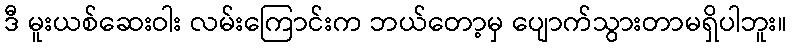
ဒီ မူးယစ်ဆေးဝါး လမ်းကြောင်းက ဘယ်တော့မှ ပျောက်သွားတာမရှိပါဘူး။